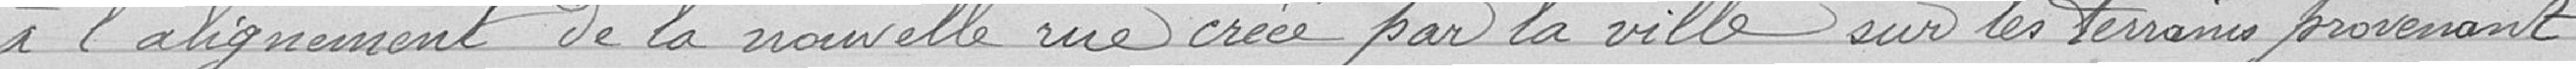
à l'alignement de la nouvelle rue créée par la ville sur les terrains provenant